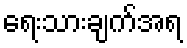
ရေးသားချက်အရ